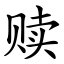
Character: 赎